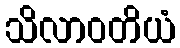
သိလာဝတိယံ